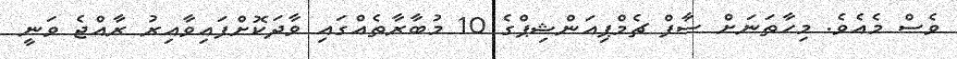
ވެެސް މެއެވެ. މިހާތަނަށް ސާފް ޗެމްޕިއަންޝިޕްގެ 10 މުބާރާތެއްގައި ވާދަކޮށްފައިވާއިރު ރާއްޖެ ވަނީ